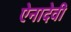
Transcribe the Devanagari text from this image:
ऐनादेवी